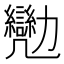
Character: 𠣈